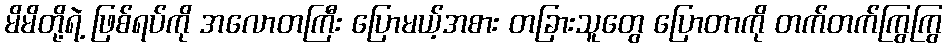
မိမိတို့ရဲ့ ဖြစ်ရပ်ကို အလောတကြီး ပြောမယ့်အစား တခြားသူတွေ ပြောတာကို တက်တက်ကြွကြွ